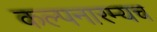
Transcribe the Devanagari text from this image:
कल्पनारम्यच